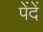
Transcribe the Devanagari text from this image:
पेंदें